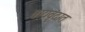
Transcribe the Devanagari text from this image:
वाद्यवृंदात